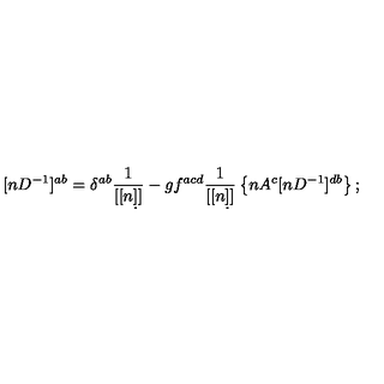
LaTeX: [ n D ^ { - 1 } ] ^ { a b } = \delta ^ { a b } \frac { 1 } { [ [ n \d ] ] } - g f ^ { a c d } \frac { 1 } { [ [ n \d ] ] } \left\{ n A ^ { c } [ n D ^ { - 1 } ] ^ { d b } \right\} ;